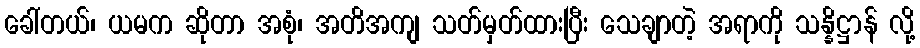
ခေါ်တယ်၊ ယမက ဆိုတာ အစုံ၊ အတိအကျ သတ်မှတ်ထားပြီး သေချာတဲ့ အရာကို သန္နိဋ္ဌာန် လို့